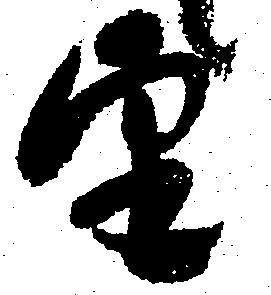
望